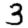
Digit: 3